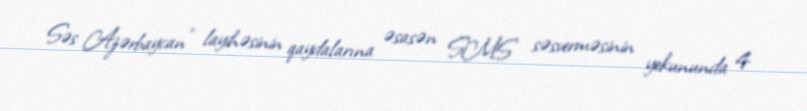
Səs Azərbaycan" layihəsinin qaydalarına əsasən SMS səsverməsinin yekununda 4